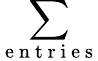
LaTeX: \sum_{\mathrm{~e~n~t~r~i~e~s~}}